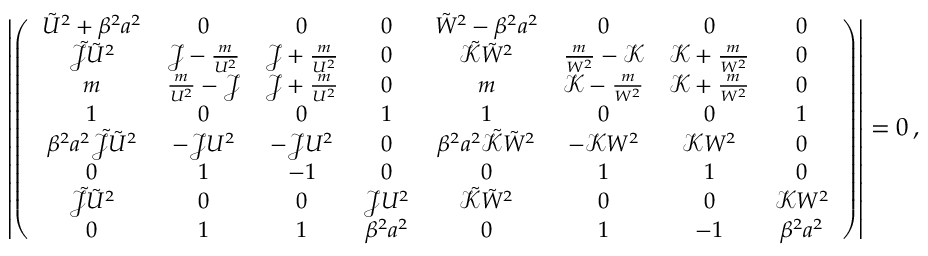
\left| \left( { \small \begin{array} { c c c c c c c c } { \tilde { U } ^ { 2 } + \beta ^ { 2 } a ^ { 2 } } & { 0 } & { 0 } & { 0 } & { \tilde { W } ^ { 2 } - \beta ^ { 2 } a ^ { 2 } } & { 0 } & { 0 } & { 0 } \\ { \tilde { \mathcal { J } } \tilde { U } ^ { 2 } } & { \mathcal { J } - \frac { m } { U ^ { 2 } } } & { \mathcal { J } + \frac { m } { U ^ { 2 } } } & { 0 } & { \tilde { \mathcal { K } } \tilde { W } ^ { 2 } } & { \frac { m } { W ^ { 2 } } - \mathcal { K } } & { \mathcal { K } + \frac { m } { W ^ { 2 } } } & { 0 } \\ { m } & { \frac { m } { U ^ { 2 } } - \mathcal { J } } & { \mathcal { J } + \frac { m } { U ^ { 2 } } } & { 0 } & { m } & { \mathcal { K } - \frac { m } { W ^ { 2 } } } & { \mathcal { K } + \frac { m } { W ^ { 2 } } } & { 0 } \\ { 1 } & { 0 } & { 0 } & { 1 } & { 1 } & { 0 } & { 0 } & { 1 } \\ { \beta ^ { 2 } a ^ { 2 } \tilde { \mathcal { J } } \tilde { U } ^ { 2 } } & { - \mathcal { J } U ^ { 2 } } & { - \mathcal { J } U ^ { 2 } } & { 0 } & { \beta ^ { 2 } a ^ { 2 } \tilde { \mathcal { K } } \tilde { W } ^ { 2 } } & { - \mathcal { K } W ^ { 2 } } & { \mathcal { K } W ^ { 2 } } & { 0 } \\ { 0 } & { 1 } & { - 1 } & { 0 } & { 0 } & { 1 } & { 1 } & { 0 } \\ { \tilde { \mathcal { J } } \tilde { U } ^ { 2 } } & { 0 } & { 0 } & { \mathcal { J } U ^ { 2 } } & { \tilde { \mathcal { K } } \tilde { W } ^ { 2 } } & { 0 } & { 0 } & { \mathcal { K } W ^ { 2 } } \\ { 0 } & { 1 } & { 1 } & { \beta ^ { 2 } a ^ { 2 } } & { 0 } & { 1 } & { - 1 } & { \beta ^ { 2 } a ^ { 2 } } \end{array} } \right) \right| = 0 \, ,